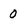
Character: 0